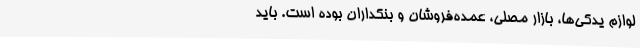
لوازم یدکی‌ها، بازار مصلی، عمده‌فروشان و بنکداران بوده ‌است. باید